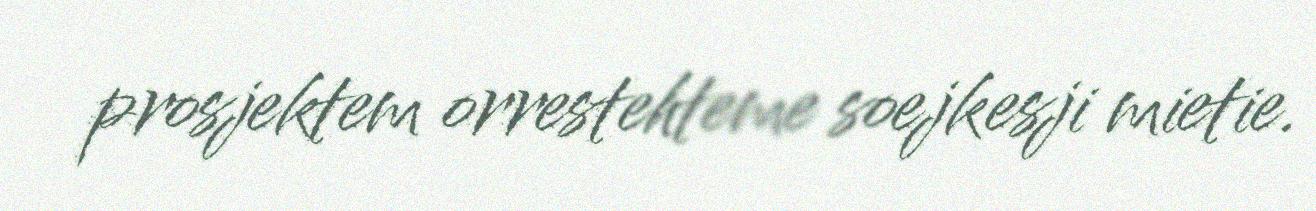
prosjektem orrestehteme soejkesji mietie.